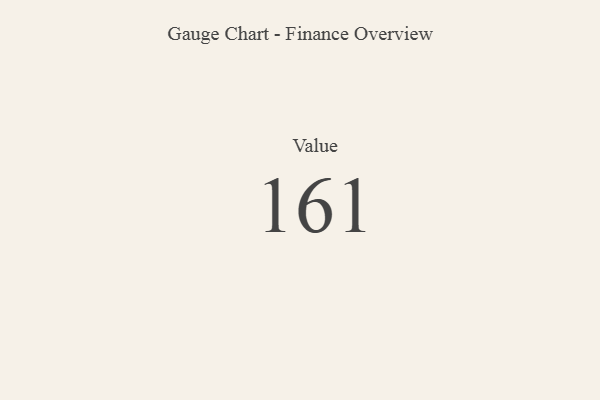
{"axis": {"x": "Metric", "y": "Value"}, "legend": [""], "data": [{"x": "Value", "y": 161, "type": ""}]}